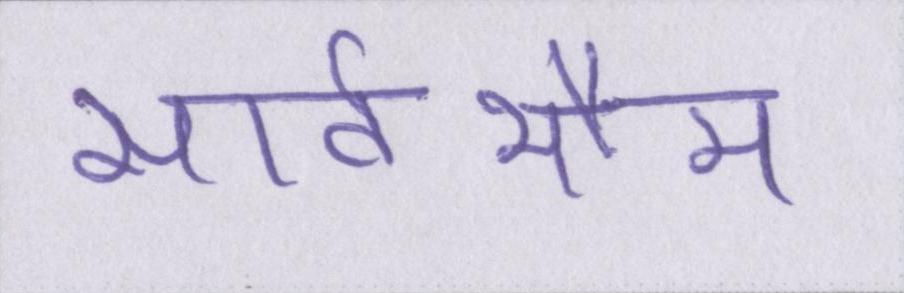
सार्वभौम